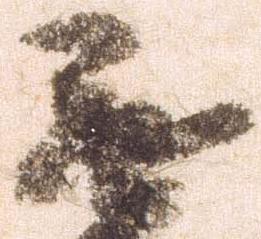
無